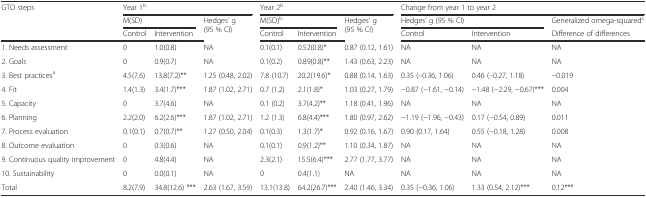
<table><thead><tr><td rowspan="3"><b>GTO steps</b></td><td colspan="3"><b>Year 1<sup>b</sup></b></td><td colspan="3"><b>Year 2<sup>b</sup></b></td><td colspan="3"><b>Change from year 1 to year 2</b></td></tr><tr><td colspan="2"><b>M(SD)</b></td><td rowspan="2"><b>Hedges’ g (95 % CI)</b></td><td colspan="2"><b>M(SD)<sup>b</sup></b></td><td rowspan="2"><b>Hedges’ g (95 % CI)</b></td><td colspan="2"><b>Hedges’ g (95 % CI)</b></td><td><b>Generalized omega-squared<sup>c</sup></b></td></tr><tr><td><b>Control</b></td><td><b>Intervention</b></td><td><b>Control</b></td><td><b>Intervention</b></td><td><b>Control</b></td><td><b>Intervention</b></td><td><b>Difference of differences</b></td></tr></thead><tbody><tr><td>1. Needs assessment</td><td>0</td><td>1.0(0.8)</td><td>NA</td><td>0.1(0.1)</td><td>0.52(0.8)*</td><td>0.87 (0.12, 1.61)</td><td>NA</td><td>NA</td><td>NA</td></tr><tr><td>2. Goals</td><td>0</td><td>0.9(0.7)</td><td>NA</td><td>0.1(0.2)</td><td>0.89(0.8)**</td><td>1.43 (0.63, 2.23)</td><td>NA</td><td>NA</td><td>NA</td></tr><tr><td>3. Best practices<sup>a</sup></td><td>4.5(7.6)</td><td>13.8(7.2)**</td><td>1.25 (0.48, 2.02)</td><td>7.8 (10.7)</td><td>20.2(19.6)*</td><td>0.88 (0.14, 1.63)</td><td>0.35 (–0.36, 1.06)</td><td>0.46 (–0.27, 1.18)</td><td>−0.019</td></tr><tr><td>4. Fit</td><td>1.4(1.3)</td><td>3.4(1.7)***</td><td>1.87 (1.02, 2.71)</td><td>0.7 (1.2)</td><td>2.1(1.8)*</td><td>1.03 (0.27, 1.79)</td><td>−0.87 (−1.61, −0.14)</td><td>−1.48 (−2.29, −0.67)***</td><td>0.004</td></tr><tr><td>5. Capacity</td><td>0</td><td>3.7(4.6)</td><td>NA</td><td>0.1 (0.2)</td><td>3.7(4.2)**</td><td>1.18 (0.41, 1.96)</td><td>NA</td><td>NA</td><td>NA</td></tr><tr><td>6. Planning</td><td>2.2(2.0)</td><td>6.2(2.6)***</td><td>1.87 (1.02, 2.71)</td><td>1.2 (1.3)</td><td>6.8(4.4)***</td><td>1.80 (0.97, 2.62)</td><td>−1.19 (−1.96, −0.43)</td><td>0.17 (−0.54, 0.89)</td><td>0.011</td></tr><tr><td>7. Process evaluation</td><td>0.1(0.1)</td><td>0.7(0.7)**</td><td>1.27 (0.50, 2.04)</td><td>0.1(0.3)</td><td>1.3(1.7)*</td><td>0.92 (0.16, 1.67)</td><td>0.90 (0.17, 1.64)</td><td>0.55 (−0.18, 1.28)</td><td>0.008</td></tr><tr><td>8. Outcome evaluation</td><td>0</td><td>0.3(0.6)</td><td>NA</td><td>0.1(0.1)</td><td>0.9(1.2)**</td><td>1.10 (0.34, 1.87)</td><td>NA</td><td>NA</td><td>NA</td></tr><tr><td>9. Continuous quality improvement</td><td>0</td><td>4.8(4.4)</td><td>NA</td><td>2.3(2.1)</td><td>15.5(6.4)***</td><td>2.77 (1.77, 3.77)</td><td>NA</td><td>NA</td><td>NA</td></tr><tr><td>10. Sustainability</td><td>0</td><td>0.0(0.1)</td><td>NA</td><td>0</td><td>0.4(1.1)</td><td>NA</td><td>NA</td><td>NA</td><td>NA</td></tr><tr><td>Total</td><td>8.2(7.9)</td><td>34.8(12.6) ***</td><td>2.63 (1.67, 3.59)</td><td>13.1(13.8)</td><td>64.2(26.7)***</td><td>2.40 (1.46, 3.34)</td><td>0.35 (−0.36, 1.06)</td><td>1.33 (0.54, 2.12)***</td><td>0.12***</td></tr></tbody></table>